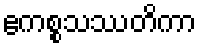
ဧကစ္စသဿတိကာ